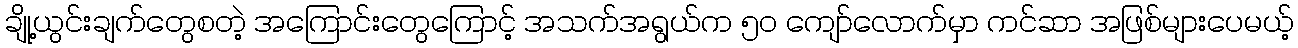
ချို့ယွင်းချက်တွေစတဲ့ အကြောင်းတွေကြောင့် အသက်အရွယ်က ၅၀ ကျော်လောက်မှာ ကင်ဆာ အဖြစ်များပေမယ့်